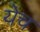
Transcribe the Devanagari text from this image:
येच